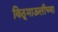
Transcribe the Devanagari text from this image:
विठूमाऊलीच्या